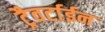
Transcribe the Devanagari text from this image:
ट्रैवर्टाईन